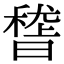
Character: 𥡳